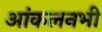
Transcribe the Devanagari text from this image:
आंकलनभी